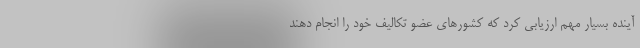
آینده بسیار مهم ارزیابی کرد که کشورهای عضو تکالیف خود را انجام دهند